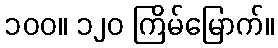
၁၀၀။ ၁၂၀ ကြိမ်မြောက်။